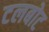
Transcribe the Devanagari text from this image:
टलबोट